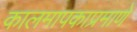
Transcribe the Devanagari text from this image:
कालमापकाप्रमाणे